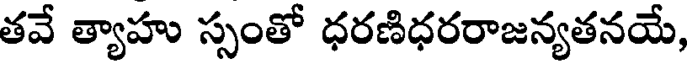
తవే త్యాహు స్సంతో ధరణిధరరాజన్యతనయే,